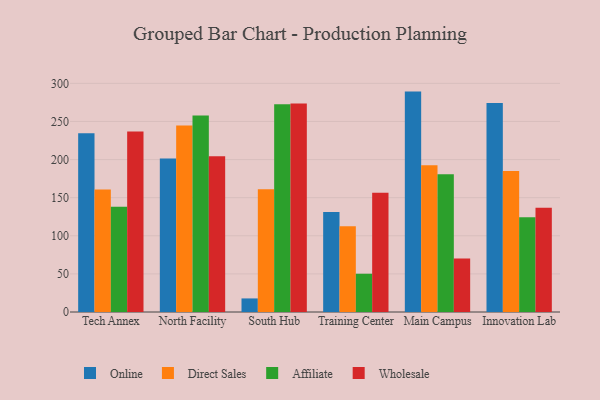
{"axis": {"x": "Campus", "y": "Latency (ms)"}, "legend": ["Affiliate", "Direct Sales", "Online", "Wholesale"], "data": [{"x": "Tech Annex", "y": 234.4, "type": "Online"}, {"x": "Tech Annex", "y": 160.8, "type": "Direct Sales"}, {"x": "Tech Annex", "y": 138.2, "type": "Affiliate"}, {"x": "Tech Annex", "y": 236.9, "type": "Wholesale"}, {"x": "North Facility", "y": 201.3, "type": "Online"}, {"x": "North Facility", "y": 244.8, "type": "Direct Sales"}, {"x": "North Facility", "y": 257.7, "type": "Affiliate"}, {"x": "North Facility", "y": 204.4, "type": "Wholesale"}, {"x": "South Hub", "y": 17.8, "type": "Online"}, {"x": "South Hub", "y": 161.2, "type": "Direct Sales"}, {"x": "South Hub", "y": 272.6, "type": "Affiliate"}, {"x": "South Hub", "y": 273.6, "type": "Wholesale"}, {"x": "Training Center", "y": 131.2, "type": "Online"}, {"x": "Training Center", "y": 112.6, "type": "Direct Sales"}, {"x": "Training Center", "y": 50.2, "type": "Affiliate"}, {"x": "Training Center", "y": 156.4, "type": "Wholesale"}, {"x": "Main Campus", "y": 289.2, "type": "Online"}, {"x": "Main Campus", "y": 192.4, "type": "Direct Sales"}, {"x": "Main Campus", "y": 180.8, "type": "Affiliate"}, {"x": "Main Campus", "y": 70.2, "type": "Wholesale"}, {"x": "Innovation Lab", "y": 274.3, "type": "Online"}, {"x": "Innovation Lab", "y": 184.9, "type": "Direct Sales"}, {"x": "Innovation Lab", "y": 124.3, "type": "Affiliate"}, {"x": "Innovation Lab", "y": 136.9, "type": "Wholesale"}]}